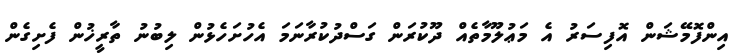
އިންފޮމޭޝަން އޮފިސަރު އެ މަޢުލޫމާތެއް ދޫކުރަން ގަސްދުކުރާނަމަ އެހުށަހެޅުން ލިބުނު ތާރީޚުން ފެށިގެން